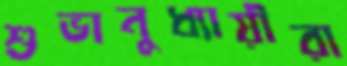
শুভানুধ্যায়ীরা